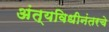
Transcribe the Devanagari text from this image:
अंत्यविधीनंतरचे